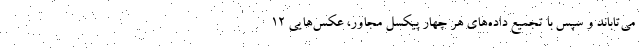
می‌تاباند و سپس با تجمیع داده‌های هر چهار پیکسل مجاور، عکس‌هایی ۱۲